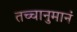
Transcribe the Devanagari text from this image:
तच्चानुमानं